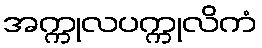
အက္ကုလပက္ကုလိကံ